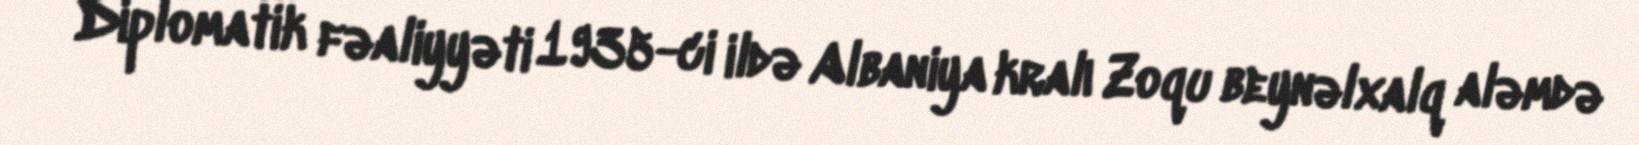
Diplomatik fəaliyyəti 1935-ci ildə Albaniya kralı Zoqu beynəlxalq aləmdə